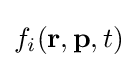
f_{i}(\mathbf {r} ,\mathbf {p} ,t)